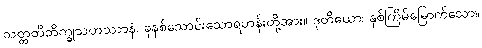
သတ္တတိဘိက္ခုသဟဿာနံ၊ ခုနစ်သောင်းသောရဟန်းတို့အား။ ဒုတိယော၊ နှစ်ကြိမ်မြောက်သော။